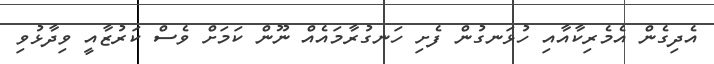
އެދިގެން އެމެރިކާއާއި ހުޅަނގުން ފެށި ހަނގުރާމައެއް ނޫން ކަމަށް ވެސް ކަރުޒާއީ ވިދާޅުވި